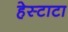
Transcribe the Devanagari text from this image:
हेस्टाटा